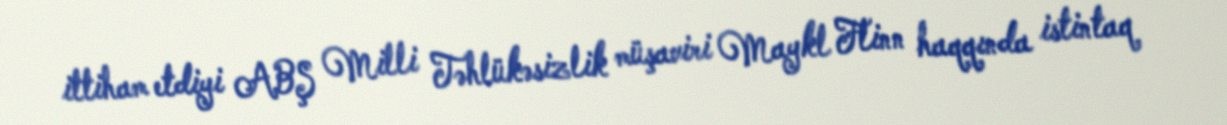
ittiham etdiyi ABŞ Milli Təhlükəsizlik müşaviri Maykl Flinn haqqında istintaq